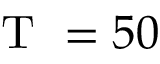
\mathrm { ~ T ~ } = 5 0